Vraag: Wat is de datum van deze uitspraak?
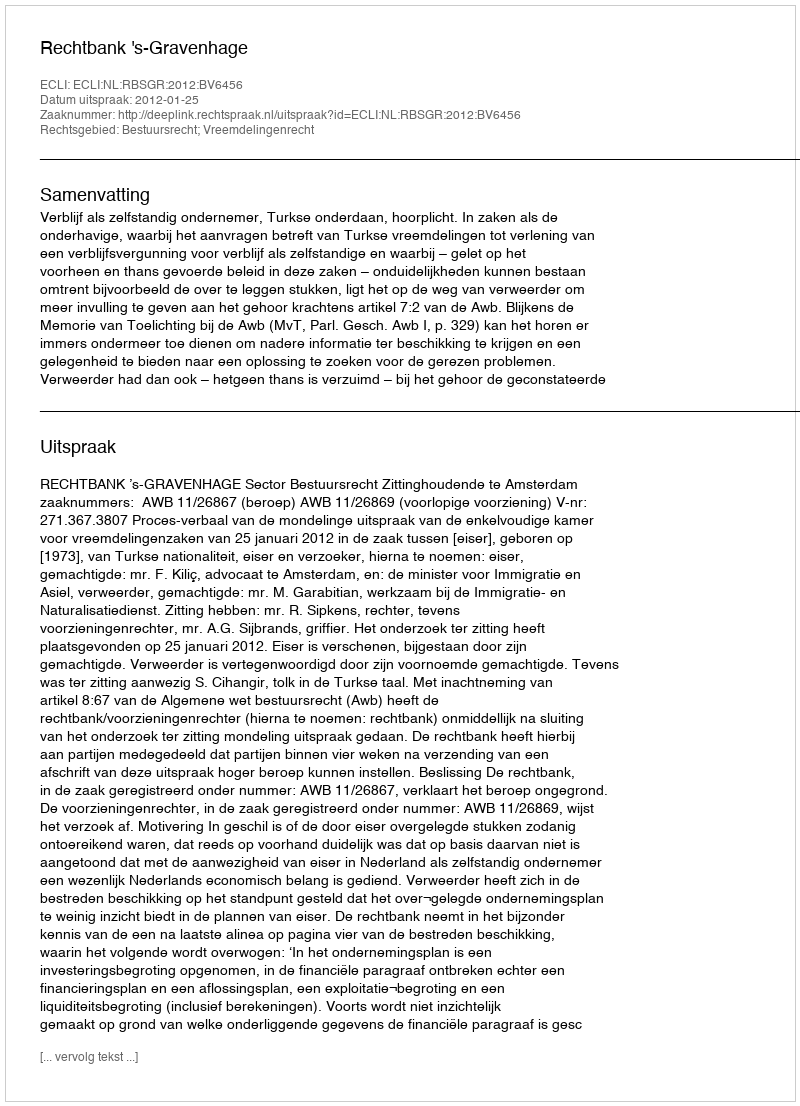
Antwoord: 2012-01-25